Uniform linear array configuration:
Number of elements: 48
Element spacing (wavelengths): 0.25
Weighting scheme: uniform
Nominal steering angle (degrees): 0
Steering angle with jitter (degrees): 1.257
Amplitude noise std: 0.05
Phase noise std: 0.05

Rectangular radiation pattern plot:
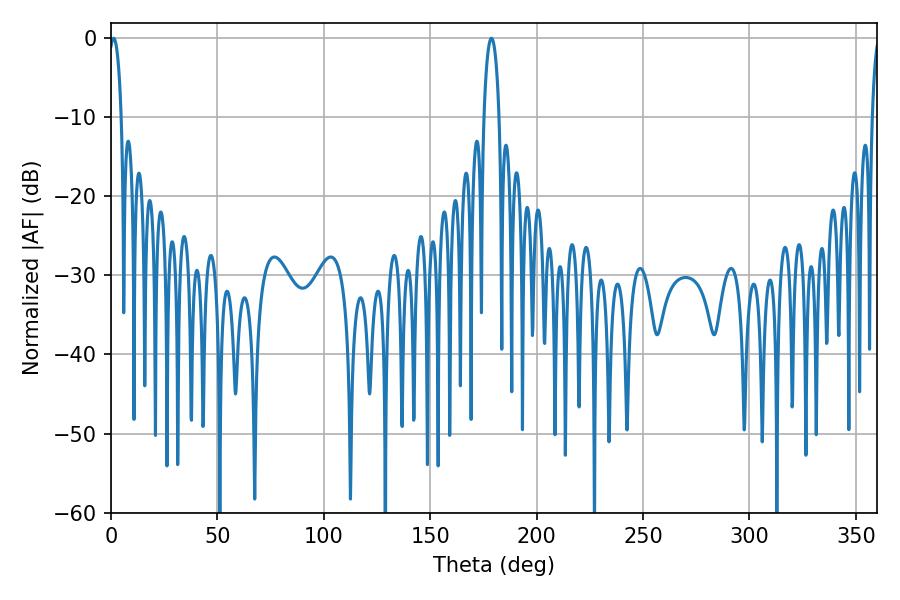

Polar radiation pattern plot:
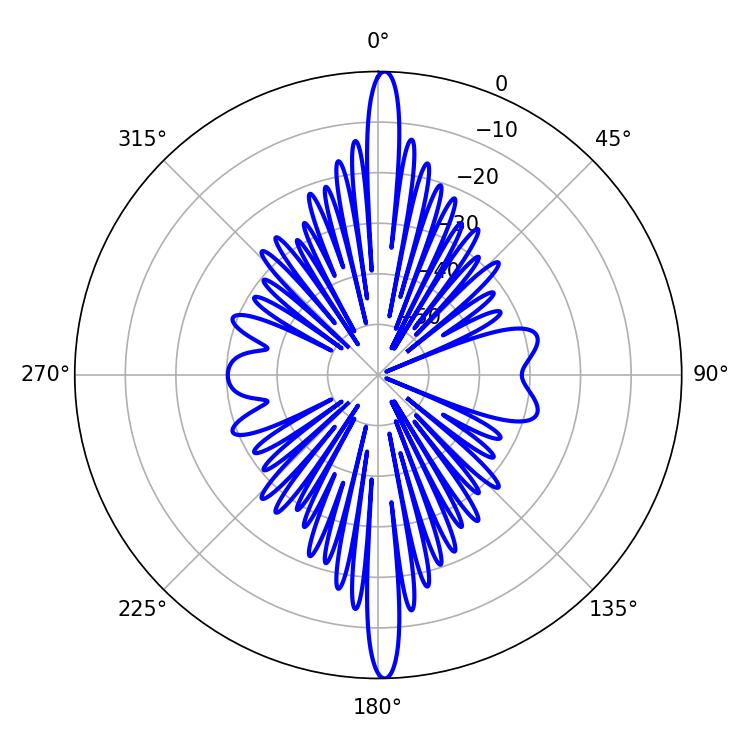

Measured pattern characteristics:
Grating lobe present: FALSE
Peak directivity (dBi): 27.158
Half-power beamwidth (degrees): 3.24
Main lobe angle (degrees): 1.26